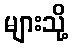
များသို့